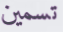
تسمين